Report of the Municipal Commissioner on the plague in Bombay for the year ending 31st May... - Volume 2
Disease focus: Plague
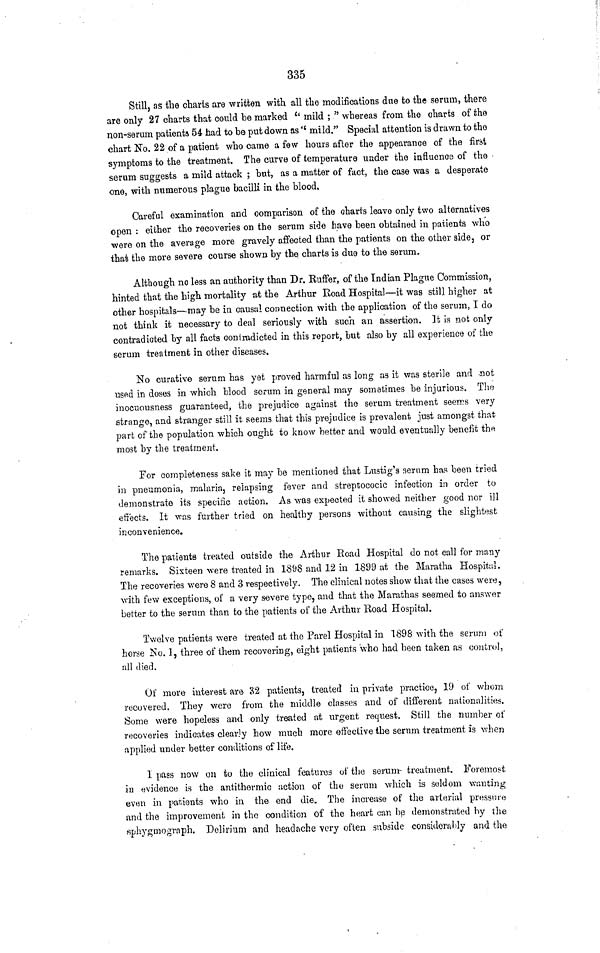
335
Still, as the charts are written with all the modifications due to the serum, there
are only 27 charts that could be marked "mild ; " whereas from the charts of the
non-serum patients 54 had to be put down as "mild." Special attention is drawn to the
chart No. 22 of a patient who came a few hours after the appearance of the first,
symptoms to the treatment. The curve of temperature under the influence of the
serum suggests a mild attack ; but, as a matter of fact, the case was a desperate
one, with numerous plague bacilli in the blood.
Careful examination and comparison of the charts leave only two alternatives
open : either the recoveries on the serum side have been obtained in patients who
were on the average more gravely affected than the patients on the other side, or
that the more severe course shown by the charts is due to the serum.
Although no less an authority than Dr. Ruffer, of the Indian Plague Commission,
hinted that the high mortality at the Arthur Road Hospital—it was still higher at
other hospitals—may be in causal connection with the application of the serum, I do
not think it necessary to deal seriously with such an assertion. It is not only
contradicted by all facts contradicted in this report, but also by all experience of the
serum treatment in other diseases.
No curative serum has yet proved harmful as long as it was sterile and not
used in doses in which blood serum in general may sometimes be injurious. The
inocuousness guaranteed, the prejudice against the serum treatment seems very
strange, and stranger still it seems that this prejudice is prevalent just amongst that
part of the population which ought to know better and would eventually benefit the
most by the treatment.
For completeness sake it may be mentioned that Lustig's serum has been tried
in pneumonia, malaria, relapsing fever and streptococic infection in order to
demonstrate its specific action. As was expected it showed neither good nor ill
effects. It was further tried on healthy persons without causing the slightest
inconvenience.
The patients treated outside the Arthur Road Hospital do not call for many
remarks. Sixteen were treated in 1898 and 12 in 1899 at the Maratha Hospital.
The recoveries were 8 and 3 respectively. The clinical notes show that the cases were,
with few exceptions, of a very severe type, and that the Marathas seemed to answer
better to the serum than to the patients of the Arthur Road Hospital.
Twelve patients were treated at the Parel Hospital in 1898 with the serum of
horse No. 1, three of them recovering, eight patients who had been taken as control,
all died.
Of more interest are 32 patients, treated in private practice, 19 of whom
recovered. They were from the middle classes and of different nationalities.
Some were hopeless and only treated at urgent request. Still the number of
recoveries indicates clearly how much more effective the serum treatment is when
applied under better conditions of life.
I pass now on to the clinical features of the serum treatment. Foremost
in evidence is the antithermic action of the serum which is seldom wanting
even in patients who in the end die. The increase of the arterial pressure
and the improvement in the condition of the heart can be demonstrated by the
sphygmograph. Delirium and headache very often subside considerably and the